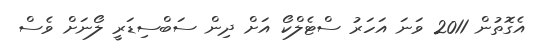
އެގޮތުން 2011 ވަނަ އަހަރު ސްޓެލްކޯ އަށް ދިން ސަބްސިޑަރީ ލޯނަށް ވެސް